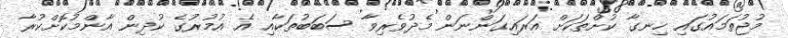
މުޖުތަމައުގައި ހިނގާ ކުށްތަކަށް އަރައިގަންނަން މެދުވެރިވާ ސަބަބުތަކާއި އެ އުމުރުގެ ކުދިން އާންމުކޮށްކުރާ